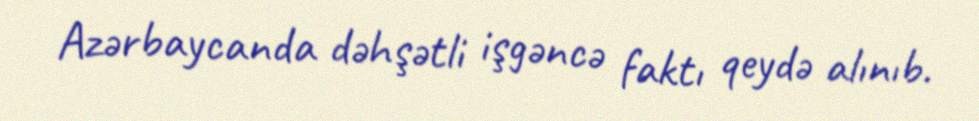
Azərbaycanda dəhşətli işgəncə faktı qeydə alınıb.